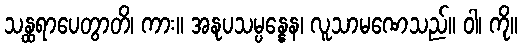
သန္ထရာပေတွာတိ၊ ကား။ အနုပသမ္ပန္နေန၊ လူသာမဏေသည်။ ဝါ၊ ကို။